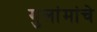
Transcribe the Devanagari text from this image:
गुलांमांचे